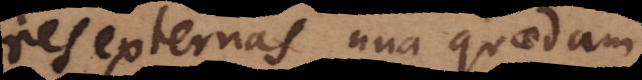
res externas una quaedam